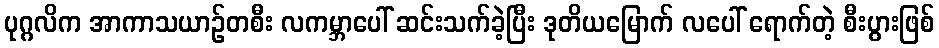
ပုဂ္ဂလိက အာကာသယာဉ်တစီး လကမ္ဘာပေါ် ဆင်းသက်ခဲ့ပြီး ဒုတိယမြောက် လပေါ် ရောက်တဲ့ စီးပွားဖြစ်